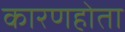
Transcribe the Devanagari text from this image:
कारणहोता